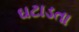
ઘટાડતા